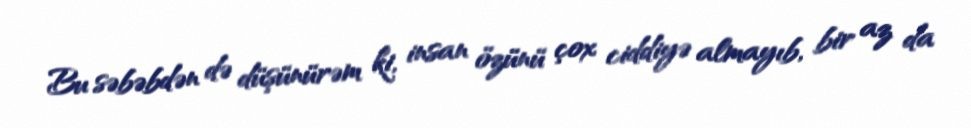
Bu səbəbdən də düşünürəm ki, insan özünü çox ciddiyə almayıb, bir az da